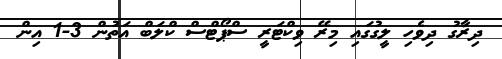
ދިރާގު ދިވެހި ލީގުގައި މިރޭ ވިކްޓަރީ ސްޕޯޓްސް ކްލަބް އަތުން 3-1 އިން